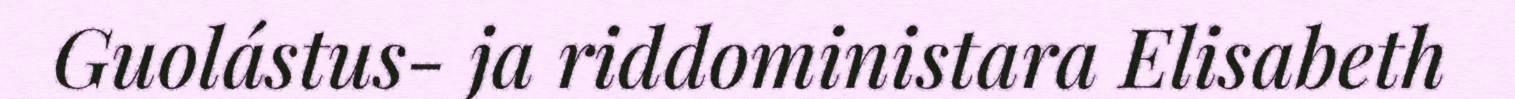
Guolástus- ja riddoministara Elisabeth